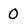
Character: 0